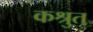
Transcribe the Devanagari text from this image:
कश्रुत